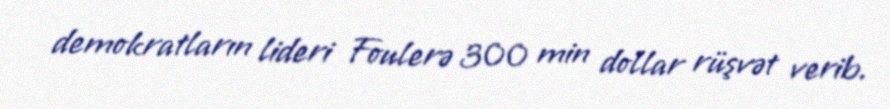
demokratların lideri Foulerə 300 min dollar rüşvət verib.